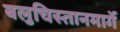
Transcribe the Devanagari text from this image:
बलुचिस्तानमार्गे